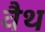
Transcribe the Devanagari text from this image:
वैथ